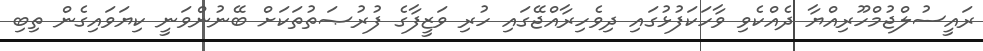
ރައީސުލްޖުމްހޫރިއްޔާ ދެއްކެވި ވާހަކަފުޅުގައި ދިވެހިރާއްޖޭގައި ހުރި ވަޒީފާގެ ފުރުޞަތުތަކަށް ބޭނުންވަނީ ކިޔަވައިގެން ތިބި